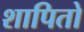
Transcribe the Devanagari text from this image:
शापितो